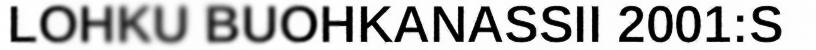
LOHKU BUOHKANASSII 2001:S